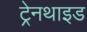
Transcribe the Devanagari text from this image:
ट्रेनथाइड